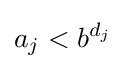
a_{j}<b^{d_{j}}